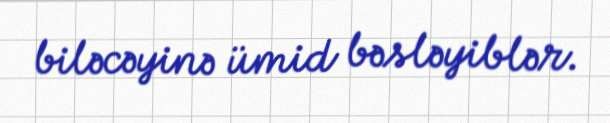
biləcəyinə ümid bəsləyiblər.